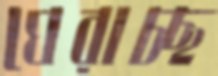
ঘেরাচ্ছ